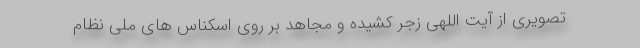
تصویری از آیت اللهی زجر کشیده و مجاهد بر روی اسکناس های ملی نظام